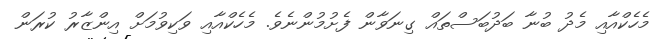
މެހެކްއާއި މެދު ބުނާ ބަދުބަސްތައް ގިނަވާން ފެށުމުންނެވެ. މެހެކްއާއި ވަކިވުމަށް އިންޒާރު ކުރަން